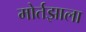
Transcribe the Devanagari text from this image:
मोर्तझाला